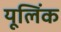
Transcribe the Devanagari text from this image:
यूलिंक